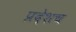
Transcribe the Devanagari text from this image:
प्रदेशच